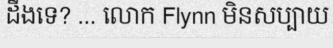
ដឹងទេ? ... លោក Flynn មិនសប្បាយ